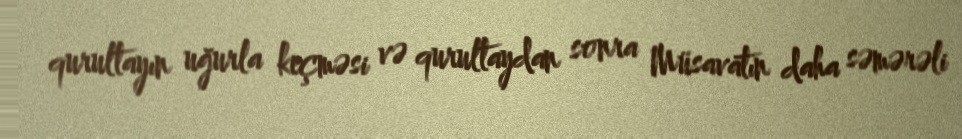
qurultayın uğurla keçməsi və qurultaydan sonra Müsavatın daha səmərəli